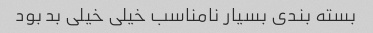
بسته بندی بسیار نامناسب خیلی خیلی بد بود